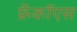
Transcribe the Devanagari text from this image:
फ्रेंकॉएस